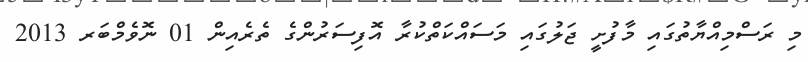
މި ރަސްމިއްޔާތުގައި މާފުށީ ޖަލުގައި މަސައްކަތްކުރާ އޮފިސަރުންގެ ތެރެއިން 01 ނޮވެމްބަރ 2013